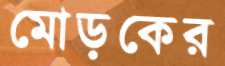
মোড়কের